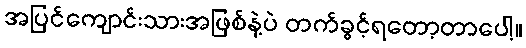
အပြင်ကျောင်းသားအဖြစ်နဲ့ပဲ တက်ခွင့်ရတော့တာပေါ့။